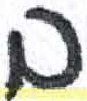
אות: ב